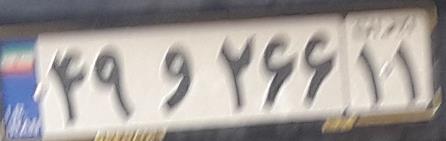
۴۹و۲۶۶۱۱